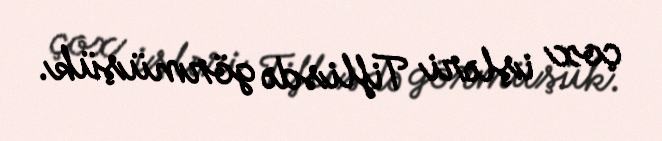
çox işləri Tiflisdə görmüşük.